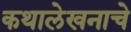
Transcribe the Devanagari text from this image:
कथालेखनाचे